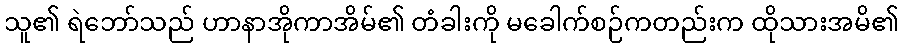
သူ၏ ရဲဘော်သည် ဟာနာအိုကာအိမ်၏ တံခါးကို မခေါက်စဉ်ကတည်းက ထိုသားအမိ၏